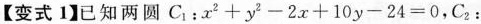
【变式1】已知两圆C1：$$x^{2}+y^{2}-2x+10y-24=0$$，C_{2}：